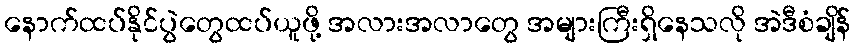
နောက်ထပ်နိုင်ပွဲတွေထပ်ယူဖို့ အလားအလာတွေ အများကြီးရှိနေသလို အဲဒီစံချိန်